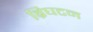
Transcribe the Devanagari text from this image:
ब्रिघटन